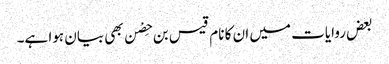
بعض روایات میں ان کا نام قیس بن حِصْن بھی بیان ہوا ہے۔